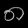
Digit: ၈